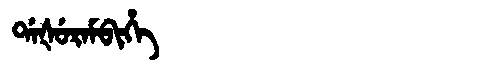
Manchu: ᡩᠠᡧᡠᡵᠠᠮᠪᡳᡥᡝ
Romanization: DAŠURAMBIHE